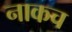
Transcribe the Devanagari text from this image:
नाकच